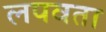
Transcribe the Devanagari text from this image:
लपवता